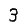
Digit: 3